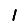
Digit: 1